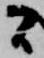
間